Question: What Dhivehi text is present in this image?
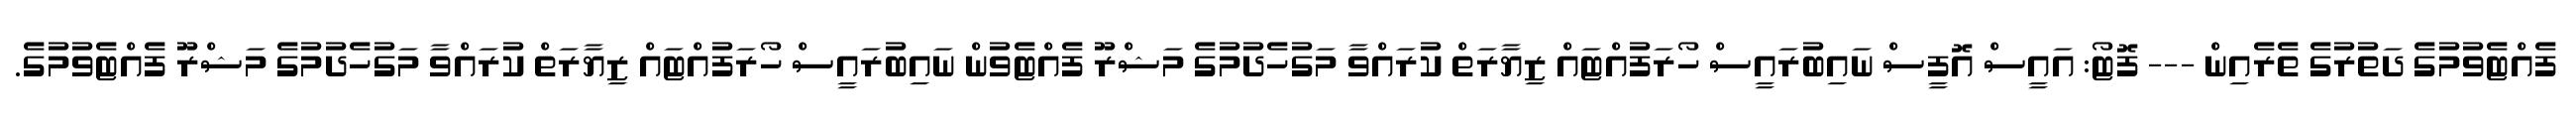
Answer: ފެއްޓެވުމުގެ ދަތުރުގެ ތެރެއިން --- ފޮޓޯ: އައީސް އޮފީސް ނައިބުރައީސް ހޯރަފުއްޓައް ޒިޔާރަތް ކުރައްވާ މަގުހެދުމުގެ މަޝްރޫ ފެއްޓެވުން ނައިބުރައީސް ހޯރަފުއްޓައް ޒިޔާރަތް ކުރައްވާ މަގުހެދުމުގެ މަޝްރޫ ފެއްޓެވުމުގެ.